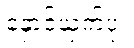
နှောင့်ယှက်ပုံ။